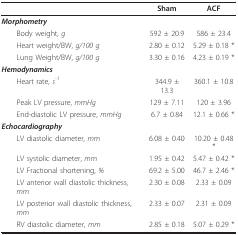
<table><thead><tr><td></td><td><b>Sham</b></td><td><b>ACF</b></td></tr></thead><tbody><tr><td><b><i>Morphometry</i></b></td><td></td><td></td></tr><tr><td> Body weight, <i>g</i></td><td>592 ± 20.9</td><td>586 ± 23.4</td></tr><tr><td> Heart weight/BW, <i>g/100 g</i></td><td>2.80 ± 0.12</td><td>5.29 ± 0.18 *</td></tr><tr><td> Lung Weight/BW, <i>g/100 g</i></td><td>3.30 ± 0.16</td><td>4.23 ± 0.19 *</td></tr><tr><td><b><i>Hemodynamics</i></b></td><td></td><td></td></tr><tr><td> Heart rate, <i>s<sup>-1</sup></i></td><td>344.9 ± 13.3</td><td>360.1 ± 10.8</td></tr><tr><td> Peak LV pressure, <i>mmHg</i></td><td>129 ± 7.11</td><td>120 ± 3.96</td></tr><tr><td> End-diastolic LV pressure, <i>mmHg</i></td><td>6.7 ± 0.84</td><td>12.1 ± 0.66 *</td></tr><tr><td><b><i>Echocardiography</i></b></td><td></td><td></td></tr><tr><td> LV diastolic diameter, <i>mm</i></td><td>6.08 ± 0.40</td><td>10.20 ± 0.48 *</td></tr><tr><td> LV systolic diameter, <i>mm</i></td><td>1.95 ± 0.42</td><td>5.47 ± 0.42 *</td></tr><tr><td> LV Fractional shortening, <i>%</i></td><td>69.2 ± 5.00</td><td>46.7 ± 2.46 *</td></tr><tr><td> LV anterior wall diastolic thickness, <i>mm</i></td><td>2.30 ± 0.08</td><td>2.33 ± 0.09</td></tr><tr><td> LV posterior wall diastolic thickness, <i>mm</i></td><td>2.33 ± 0.07</td><td>2.31 ± 0.09</td></tr><tr><td> RV diastolic diameter, <i>mm</i></td><td>2.85 ± 0.18</td><td>5.07 ± 0.29 *</td></tr></tbody></table>